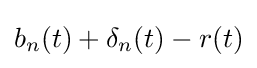
b_{n}(t)+\mathbf {\delta } _{n}(t)-r(t)